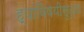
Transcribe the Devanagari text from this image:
ह्यांविषयीसुद्धा